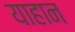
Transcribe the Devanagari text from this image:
याहान